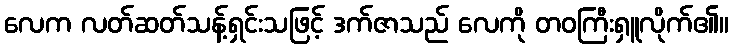
လေက လတ်ဆတ်သန့်ရှင်းသဖြင့် ဒက်ဇာသည် လေကို တဝကြီးရှူလိုက်၏။